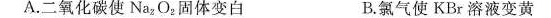
A.二氧化碳使Na_{2}O_{2}固体变白 B.氯气使KBr溶液变黄